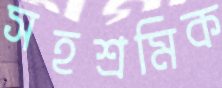
সহশ্রমিক